Vaccination North-Western Provinces and Oudh 1878-1895 - 1878-1895
Year: 1878
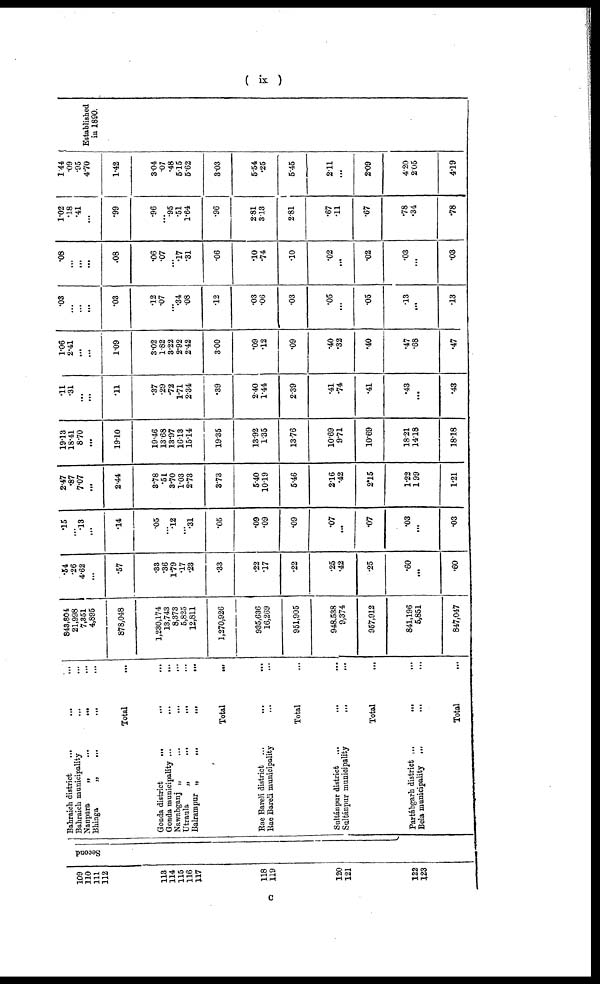
( ix )
109
110
111
112
113
114
115
116
117
118
119
120
121
122
123
Second
Bahraich district ... ... ...
Bahraich municipality
...
...
...
Nanpara
„
...
...
...
Bhinga
„
...
...
...
Total ...
Gonda district ... ... ...
Gonda municipality
...
...
...
Nawabganj
„
...
...
...
Utraula
„
...
...
...
Balrampur
„
...
...
...
Total
...
Rae Bareli district ... ... ...
Rae Bareli municipality
...
...
...
Total ...
Sultánpur district ... ... ...
Sultánpur municipality
...
...
...
Total ...
Partábgarh district
...
...
...
Bela municipality ... ... ...
Total ...
843,804
21,998
7,351
4,895
878,048
1,230,174
13,743
8,373
5,825
12,811
1,270,926
935,636
16,269
951,905
948,538
9,374
957,912
841,196
5,851
847,047
.54
.26
4.62
...
.57
.33
.36
1.79
.17
.23
.33
.22
.17
.22
.25
.42
.25
.60
...
.60
.15
...
.13
...
.14
.05
...
.12
...
.31
.05
.09
.09
.09
.07
...
.07
.03
...
.03
2.47
.87
7.07
...
2.44
3.78
.51
3.70
1.03
2.73
3.73
5.40
10.19
5.46
2.16
.42
2.15
1.22
1.99
1.21
19.13
18.41
8.70
...
19.10
19.46
13.68
13.97
16.13
15.14
19.35
13.92
1.35
13.76
10.69
9.71
10.69
18.21
14.18
18.18
.11
.31
...
...
.11
.37
.29
.72
1.71
2.34
.39
2.40
1.44
2.39
.41
.74
.41
.43
...
.43
1.06
2.41
...
...
1.09
3.02
1.82
3.22
2.92
2.42
3.00
.09
.12
.09
.40
.32
.40
.47
.68
.47
.03
...
...
...
.03
.12
.07
... .34
.08
.12
.03
.06
.03
.05
...
.05
.13
...
.13
.08
...
...
...
.08
.06
.07
...
.17
.31
.06
.10
.74
.10
.02
...
.02
.03
...
.03
1.02
.18
.41
...
.99
.96
...
.95
.51
1.64
.96
2.81
3.13
2.81
.67
.11
.67
.78
.34
.78
1.44
.09
.95
4.70
1.42
3.04
.07
.48
5.15
5.62
3.03
5.54
.25
5.45
2.11
...
2.09
4.20
2.05
4.19
Established
in 1890.
c